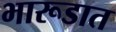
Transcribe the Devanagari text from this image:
भारूडात